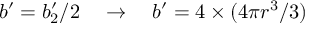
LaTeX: b ^ { \prime } = b _ { 2 } ^ { \prime } / 2 \quad \rightarrow \quad b ^ { \prime } = 4 \times ( 4 \pi r ^ { 3 } / 3 )